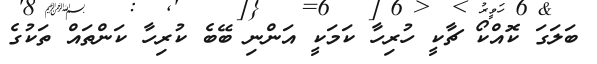
ބަލަގަ ކޮއްކޯ ޗާކީ ހުރިހާ ކަމަކީ އަންނި ބޭބެ ކުރިހާ ކަންތައް ތަކުގެ